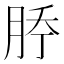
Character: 𰗇